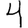
Digit: 4